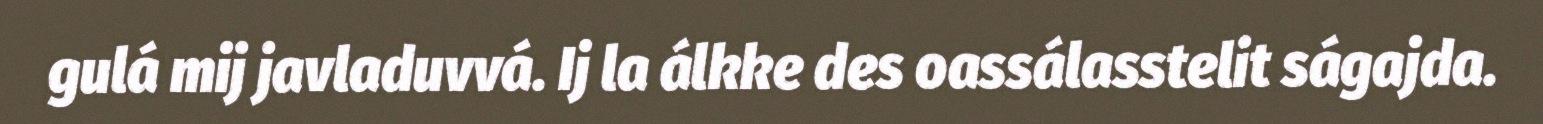
gulá mij javladuvvá. Ij la álkke des oassálasstelit ságajda.